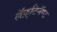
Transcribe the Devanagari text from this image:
लॅफ़्टिनॅण्ट